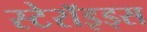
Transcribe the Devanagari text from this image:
स्टेरॉइड्स